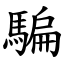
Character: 騙